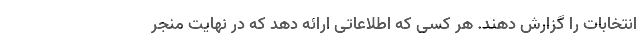
انتخابات را گزارش دهند. هر کسی که اطلاعاتی ارائه دهد که در نهایت منجر